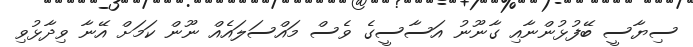
ސިޔާސީ ބޭފުޅުންނާއި ގާނޫނު އަސާސީގެ ވެސް މައްސަލައެއް ނޫން ކަމަށް އޭނާ ވިދާޅުވި